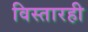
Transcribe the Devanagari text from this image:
विस्तारही